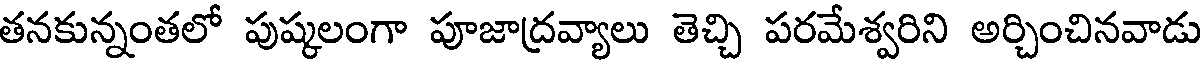
తనకున్నంతలో పుష్కలంగా పూజాద్రవ్యాలు తెచ్చి పరమేశ్వరిని అర్చించినవాడు